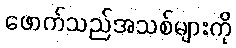
ဖောက်သည်အသစ်များကို